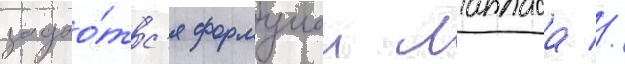
задао́тс'я формулои лапласа //